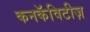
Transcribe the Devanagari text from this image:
कनकॅविटीज़